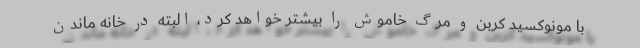
با مونوکسید کربن و مرگ خاموش را بیشتر خواهد کرد، البته در خانه ماندن